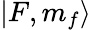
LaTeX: |F,m_{f}\rangle